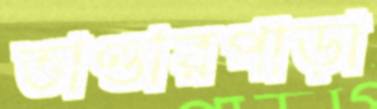
ভাণ্ডারপাড়া